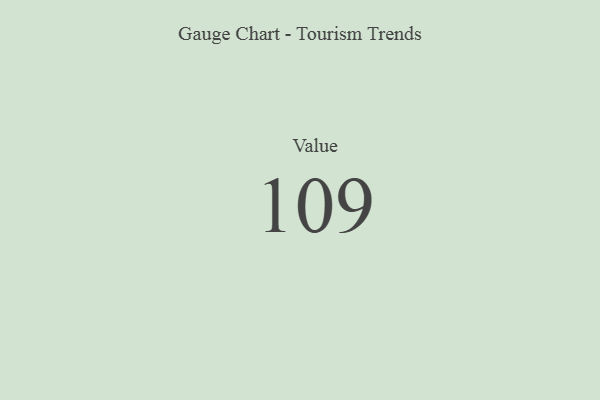
{"axis": {"x": "Metric", "y": "Value"}, "legend": [""], "data": [{"x": "Value", "y": 109, "type": ""}]}